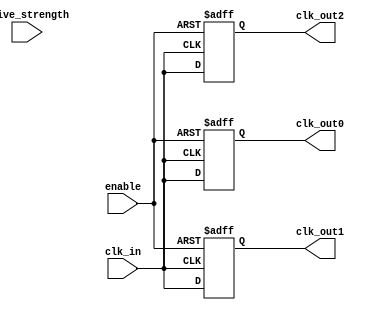
module low_power_clock_buffer (
  input wire clk_in,          // Clock input
  input wire enable,          // Enable signal
  input wire [1:0] drive_strength, // Drive strength control (for scalabilty)
  output wire clk_out0,       // Buffered clock output 0
  output wire clk_out1,       // Buffered clock output 1
  output wire clk_out2        // Buffered clock output 2
);

  // Internal signals
  reg clk_out0_buf;
  reg clk_out1_buf;
  reg clk_out2_buf;

  // Buffer drive strengths (example values, can be parameterized)
  parameter DRIVE_LOW   = 2'b00;
  parameter DRIVE_MEDIUM = 2'b01;
  parameter DRIVE_HIGH   = 2'b10;

  // Implementing clock gating for low power consumption
  always @(posedge clk_in or negedge enable) begin
    if (!enable) begin
      clk_out0_buf <= 1'b0; // Sleep mode
      clk_out1_buf <= 1'b0; // Sleep mode
      clk_out2_buf <= 1'b0; // Sleep mode
    end else begin
      // Control rise and fall time based on drive strength
      case (drive_strength)
        DRIVE_LOW: begin
          clk_out0_buf <= #1 clk_in; // Slow response
          clk_out1_buf <= #1 clk_in;
          clk_out2_buf <= #1 clk_in;
        end
        DRIVE_MEDIUM: begin
          clk_out0_buf <= #5 clk_in; // Medium response
          clk_out1_buf <= #5 clk_in;
          clk_out2_buf <= #5 clk_in;
        end
        DRIVE_HIGH: begin
          clk_out0_buf <= #10 clk_in; // Fast response
          clk_out1_buf <= #10 clk_in;
          clk_out2_buf <= #10 clk_in;
        end
        default: begin
          clk_out0_buf <= clk_in; // Default to fast if unknown
          clk_out1_buf <= clk_in;
          clk_out2_buf <= clk_in;
        end
      endcase
    end
  end

  // Assigning buffered output signals
  assign clk_out0 = clk_out0_buf;
  assign clk_out1 = clk_out1_buf;
  assign clk_out2 = clk_out2_buf;

endmodule